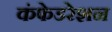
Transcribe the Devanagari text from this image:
कंफेडरेशन